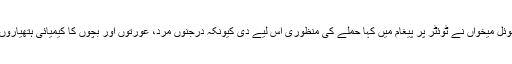
فرانس کے صدر ایمینوئل میخواں نے ٹوئٹر پر پیغام میں کہا حملے کی منظوری اس لیے دی کیونکہ درجنوں مرد، عورتوں اور بچوں کا کیمیائی ہتھیاروں سے قتل عام کیا گیا ۔